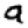
Digit: 9